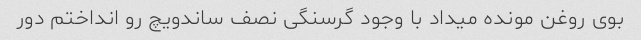
بوی روغن مونده میداد با وجود گرسنگی نصف ساندویچ رو انداختم دور